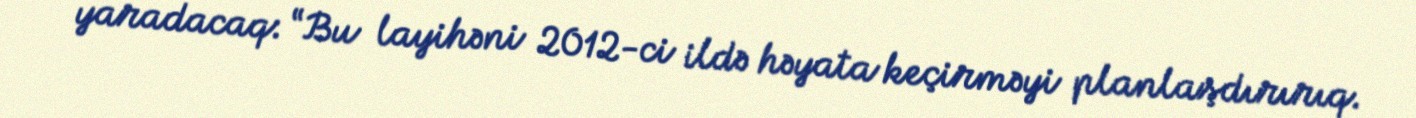
yaradacaq: “Bu layihəni 2012-ci ildə həyata keçirməyi planlaşdırırıq.